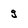
Character: g